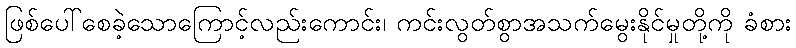
ဖြစ်ပေါ်စေခဲ့သောကြောင့်လည်းကောင်း၊ ကင်းလွတ်စွာအသက်မွေးနိုင်မှုတို့ကို ခံစား